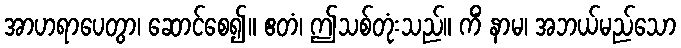
အာဟရာပေတွာ၊ ဆောင်စေ၍။ ဧတံ၊ ဤသစ်တုံးသည်။ ကိံ နာမ၊ အဘယ်မည်သော